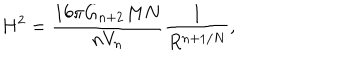
H ^ { 2 } = \frac { 1 6 \pi G _ { n + 2 } M N } { n V _ { n } } \frac { 1 } { R ^ { n + 1 / N } } ,